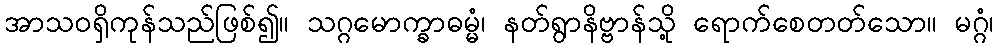
အာသဝရှိကုန်သည်ဖြစ်၍။ သဂ္ဂမောက္ခာဓမ္မံ၊ နတ်ရွာနိဗ္ဗာန်သို့ ရောက်စေတတ်သော။ မဂ္ဂံ၊